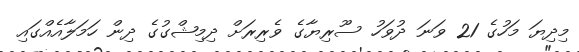
މިދިޔަ މަހުގެ 21 ވަނަ ދުވަހު ސޫރިޔާގެ ވެރިރަށް ދިމިޝްގުގެ ދިން ހަމަލާއެއްގައި